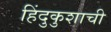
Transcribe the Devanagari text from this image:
हिंदुकुशाची